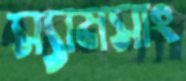
স্যামসাং